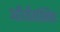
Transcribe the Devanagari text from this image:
ऑर्थोगोनिक